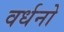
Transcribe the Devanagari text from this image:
वर्धनो